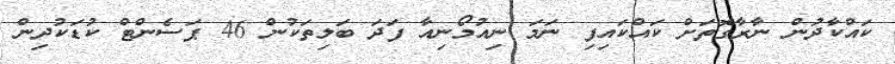
ކައްކާދުން ނާރާގޮތަށް ކައްކައިފި ނަމަ ނިއުމޯނިއާ ފަދަ ބަލިތަކުން 46 ޕަސެންޓް ކުޑަކުދިން